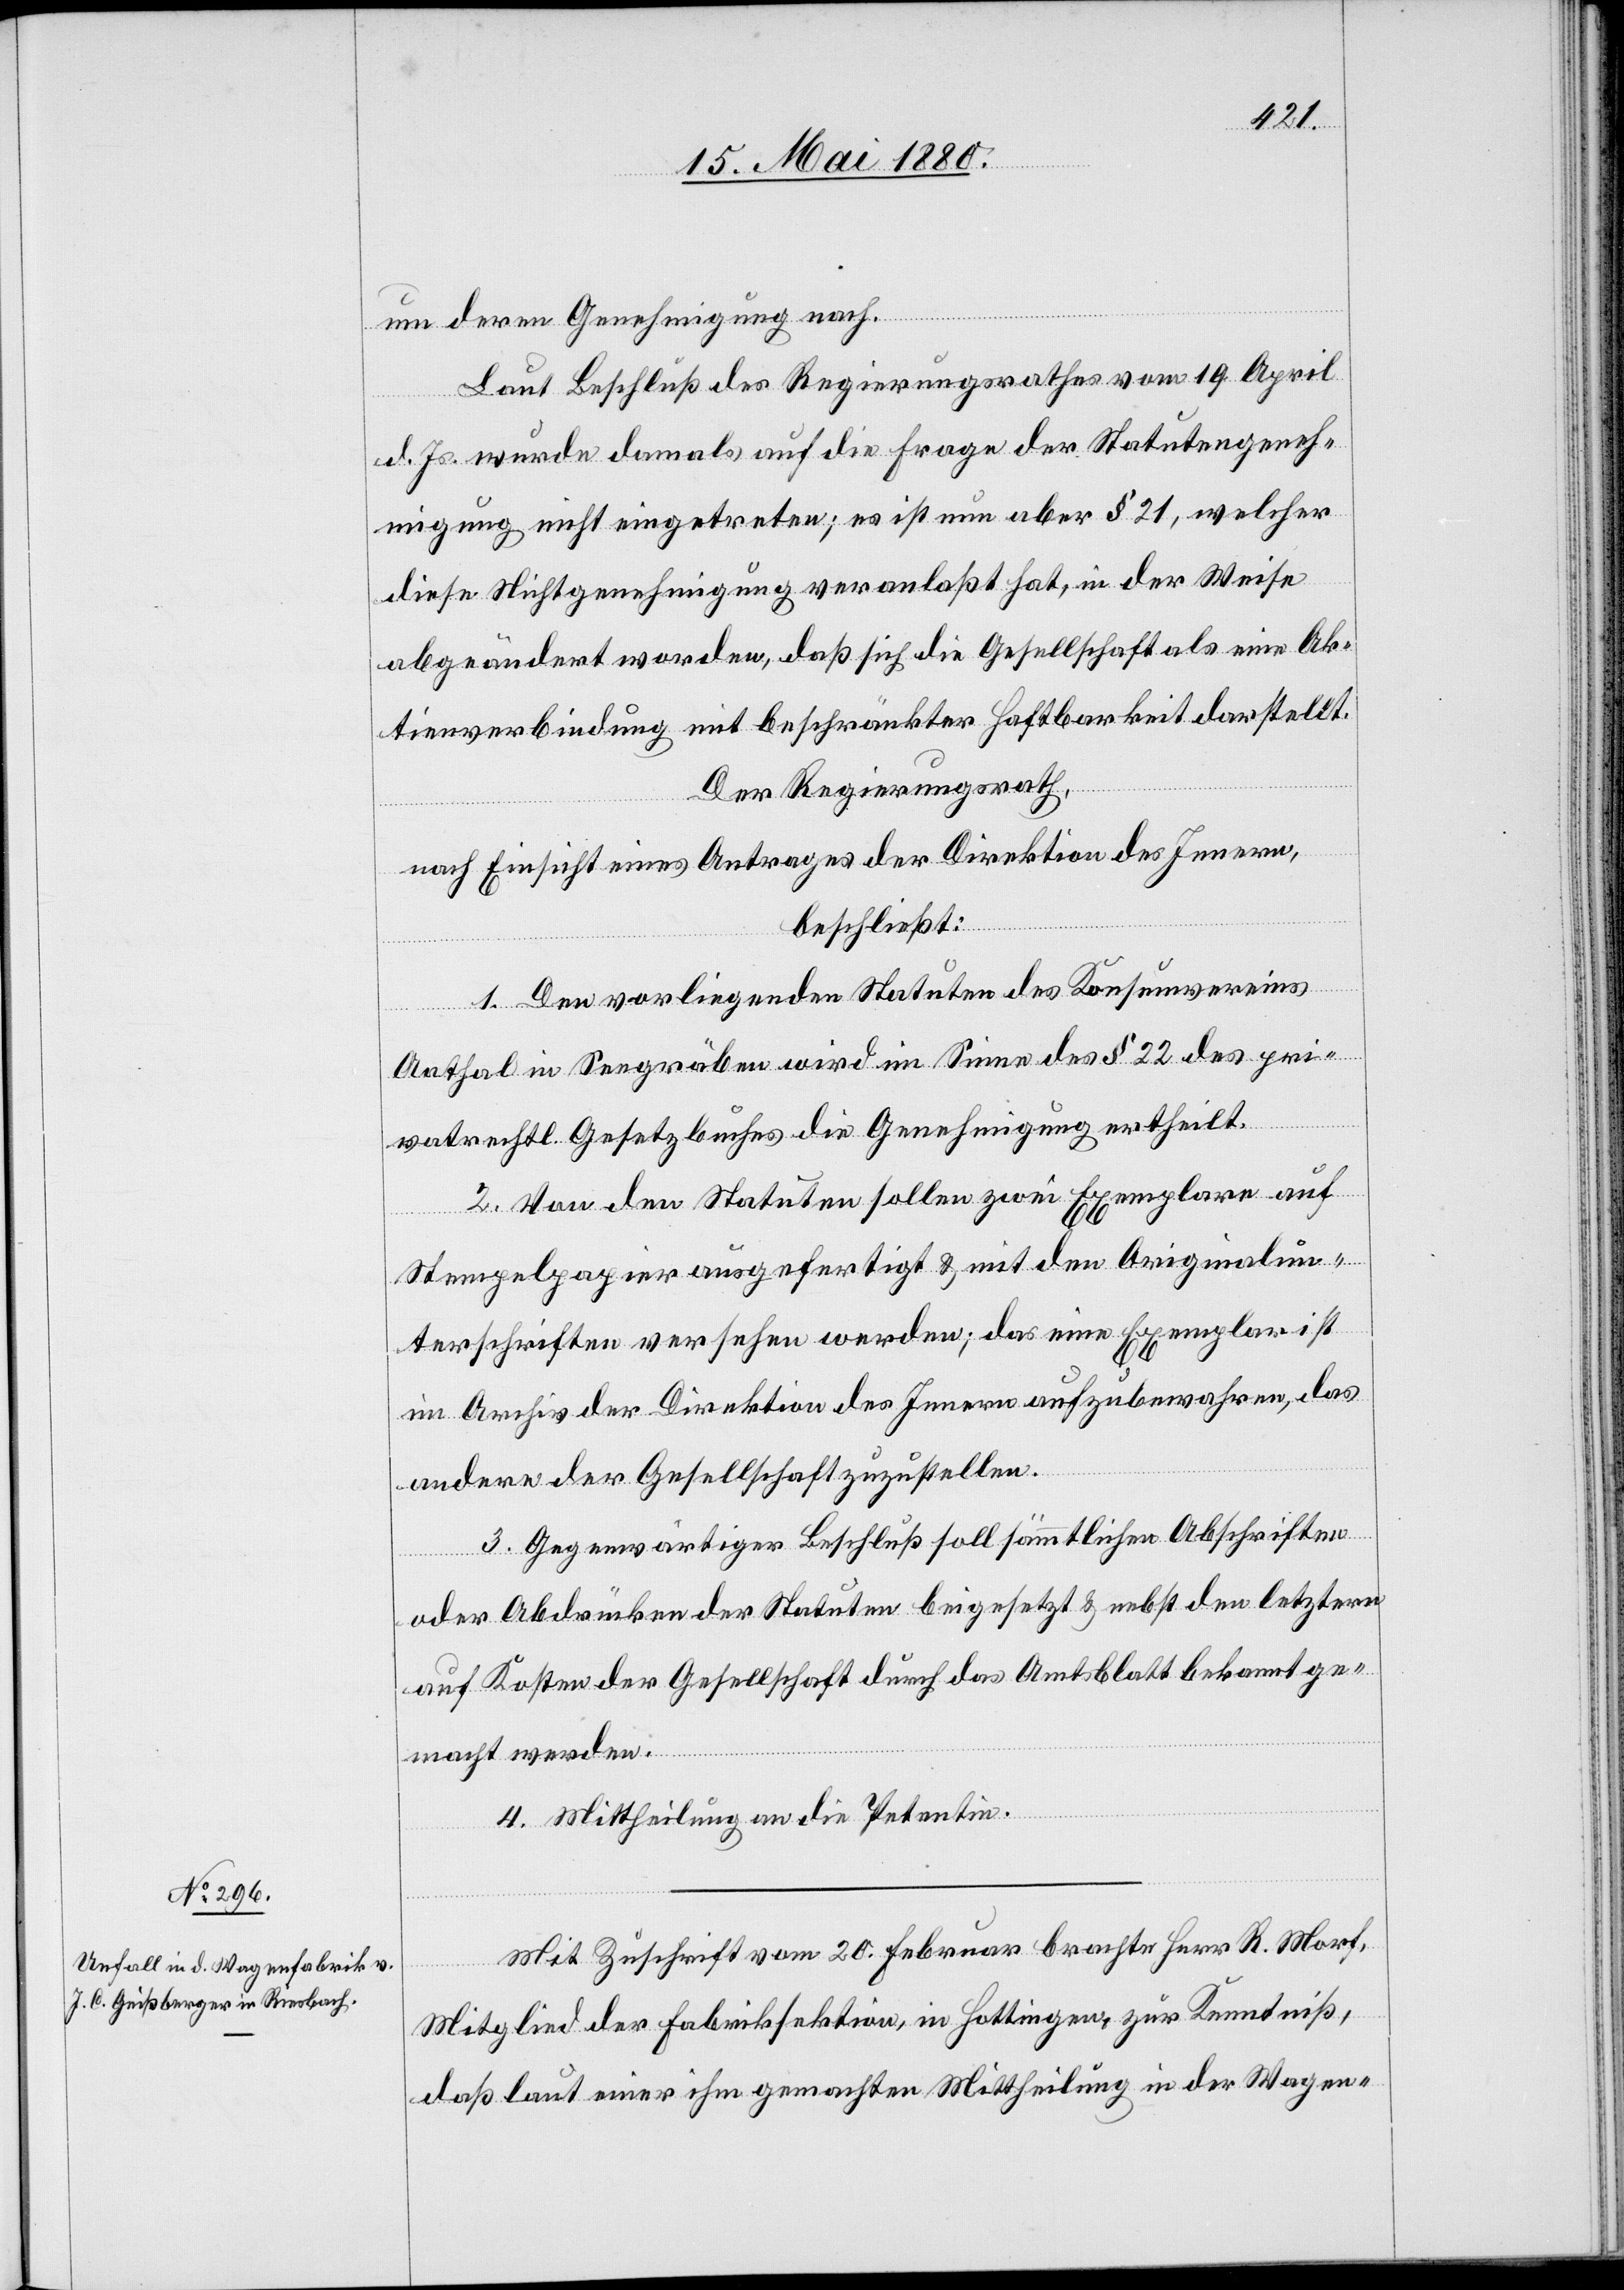
um deren Genehmigung nach.
Laut Beschluß des Regierungsrathes vom 19. April
d. Js. wurde damals auf die Frage der Statutengeneh¬
migung nicht eingetreten; es ist nun aber § 21, welcher
diese Nichtgenehmigung veranlaßt hat, in der Weise
abgeändert worden, daß sich die Gesellschaft als eine Ak¬
tienverbindung mit beschränkter Haftbarkeit darstellt.
Der Regierungsrath,
nach Einsicht eines Antrages der Direktion des Innern,
beschließt:
1. Den vorliegenden Statuten des Konsumvereins
Aathal in Seegräben wird im Sinne des § 22 des pri¬
vatrechtl. Gesetzbuches die Genehmigung ertheilt.
2. Von den Statuten sollen zwei Exemplare auf
Stempelpapier ausgefertigt & mit den Originalun¬
terschriften versehen werden; das eine Exemplar ist
im Archiv der Direktion des Innern aufzubewahren, das
andere der Gesellschaft zuzustellen.
3. Gegenwärtiger Beschluß soll sämmtlichen Abschriften
oder Abdrücken der Statuten beigesetzt & nebst den letztern
auf Kosten der Gesellschaft durch das Amtsblatt bekannt ge¬
macht werden.
4. Mittheilung an die Petentin.
Mit Zuschrift vom 20. Februar brachte Herr R. Morf,
Mitglied der Fabriksektion, in Hottingen, zur Kenntniß,
daß laut einer ihm gemachten Mittheilung in der Wagen-